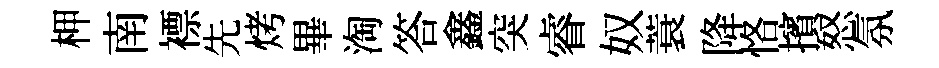
柙南褾先烤畢淘答鑫突睿奴蓑降恪擯怒氛